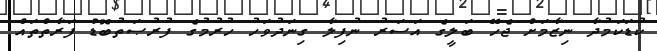
ކުޑަކަމުދާ ނިޒާމަށް ޖެހޭ ބަލީގެ އަސަރު ނުފިލާ ގިނަދުވަހު ހުރުމުގެ ފުރުޞަތުބޮޑު ފަރާތްތައް